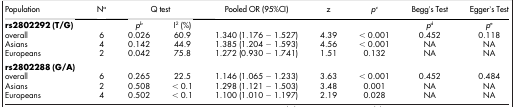
<table><thead><tr><td><b>Population</b></td><td><b>Na</b></td><td colspan="2"><b>Q test</b></td><td><b>Pooled OR (95%CI)</b></td><td><b>z</b></td><td><b><i>p</i>c</b></td><td><b>Begg&#x27;s Test</b></td><td><b>Egger&#x27;s Test</b></td></tr></thead><tbody><tr><td><b>rs2802292 (T/G)</b></td><td> </td><td><i>p</i>b</td><td>I2 (%)</td><td> </td><td> </td><td> </td><td><i>p</i>d</td><td><i>p</i>e</td></tr><tr><td>overall</td><td>6</td><td>0.026</td><td>60.9</td><td>1.340 (1.176 − 1.527)</td><td>4.39</td><td>&lt; 0.001</td><td>0.452</td><td>0.118</td></tr><tr><td>Asians</td><td>4</td><td>0.142</td><td>44.9</td><td>1.385 (1.204 − 1.593)</td><td>4.56</td><td>&lt; 0.001</td><td>NA</td><td>NA</td></tr><tr><td>Europeans</td><td>2</td><td>0.042</td><td>75.8</td><td>1.272 (0.930 − 1.741)</td><td>1.51</td><td>0.132</td><td>NA</td><td>NA</td></tr><tr><td><b>rs2802288 (G/A)</b></td><td> </td><td> </td><td> </td><td> </td><td> </td><td> </td><td> </td><td> </td></tr><tr><td>overall</td><td>6</td><td>0.265</td><td>22.5</td><td>1.146 (1.065 − 1.233)</td><td>3.63</td><td>&lt; 0.001</td><td>0.452</td><td>0.484</td></tr><tr><td>Asians</td><td>2</td><td>0.508</td><td>&lt; 0.1</td><td>1.298 (1.121 − 1.503)</td><td>3.48</td><td>0.001</td><td>NA</td><td>NA</td></tr><tr><td>Europeans</td><td>4</td><td>0.502</td><td>&lt; 0.1</td><td>1.100 (1.010 − 1.197)</td><td>2.19</td><td>0.028</td><td>NA</td><td>NA</td></tr></tbody></table>